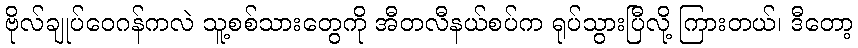
ဗိုလ်ချုပ်ဝေဂန်ကလဲ သူ့စစ်သားတွေကို အီတလီနယ်စပ်က ရုပ်သွားပြီလို့ ကြားတယ်၊ ဒီတော့